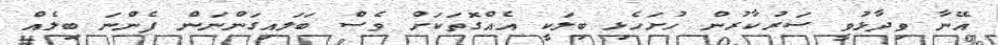
އޭނާ ވިދާޅުވީ ސަރުކާރުން ހުށަހެޅި ބިލަކީ އެއްގޮތަކަށް ވެސް ބަަލައިގަންނަން ފެންނަ ބިލެއް